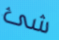
شئ